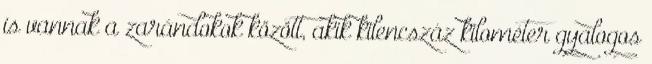
is vannak a zarándokok között, akik kilencszáz kilométer gyalogos